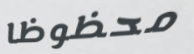
محظوظا